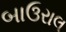
બાઉરાલ